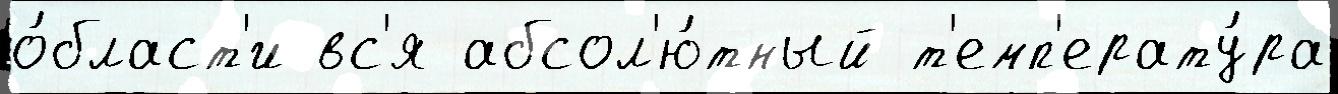
о́бласт'и вс'я абсол'ю́тный т'емп'ерату́ра